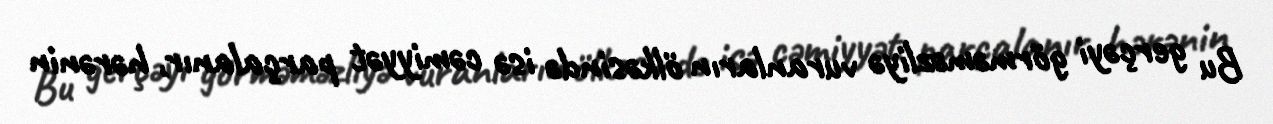
Bu gerçəyi görməməzliyə vuranların ölkəsində isə cəmiyyət parçalanır, hərənin